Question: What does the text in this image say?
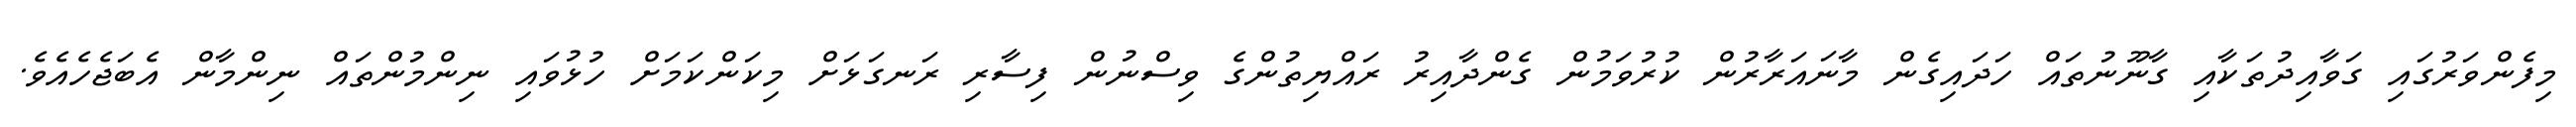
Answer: މިފެންވަރުގައި ގަވާއިދުތަކާއި ގާނޫނުތައް ހަދައިގެން މާނައަރާރުން ކުރުވަމުން ގެންދާއިރު ރައްޔިތުންގެ ވިސްނުން ފިސާރި ރަނގަޅަށް މިކަންކަމަށް ހުޅުވައި ނިންމުންތައް ނިންމާން އެބަޖެހެއެވެ.